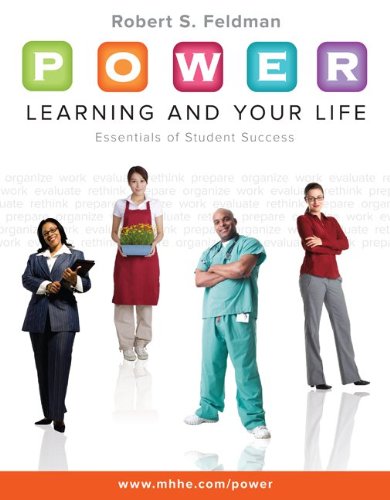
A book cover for P.O.W.E.R. Learning and Your Life: Essentials of Student Success; Robert Feldman; Education & Teaching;